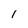
Character: 1